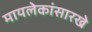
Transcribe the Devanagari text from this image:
मायलेकांसारखे